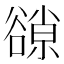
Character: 𧯈